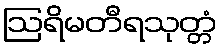
ဩရိမတီရသုတ္တံ